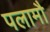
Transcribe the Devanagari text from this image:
पलामौ